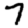
Digit: 7